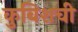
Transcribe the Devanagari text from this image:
कुबिशची